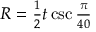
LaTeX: \begin{array} { r } { R = { \frac { 1 } { 2 } } t \csc { \frac { \pi } { 4 0 } } } \end{array}